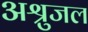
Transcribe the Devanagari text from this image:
अश्रुजल